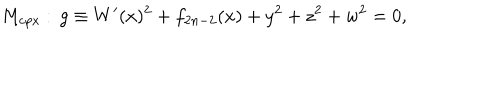
M _ { \mathrm { c p x } } : \, g \equiv W ^ { \prime } ( x ) ^ { 2 } + f _ { 2 n - 2 } ( x ) + y ^ { 2 } + z ^ { 2 } + w ^ { 2 } = 0 ,